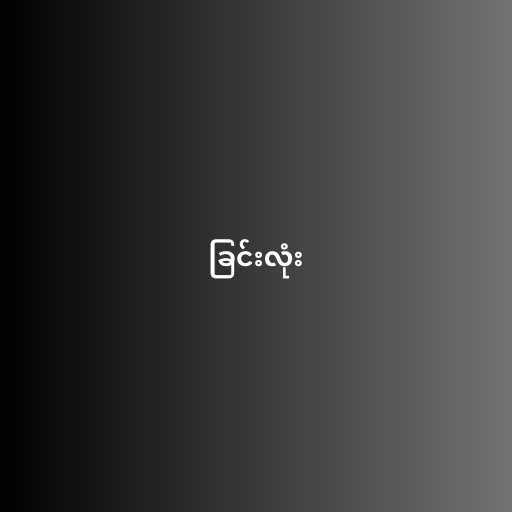
ခြင်းလုံး